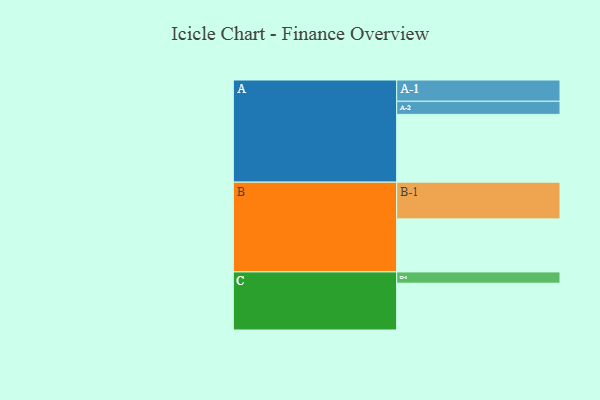
{"axis": {"x": "Segment", "y": "Value"}, "legend": ["", "A", "B", "C"], "data": [{"x": "A", "y": 552, "type": ""}, {"x": "B", "y": 432, "type": ""}, {"x": "C", "y": 381, "type": ""}, {"x": "A-1", "y": 173, "type": "A"}, {"x": "A-2", "y": 107, "type": "A"}, {"x": "B-1", "y": 299, "type": "B"}, {"x": "C-1", "y": 92, "type": "C"}]}